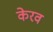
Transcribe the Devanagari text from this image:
केरव